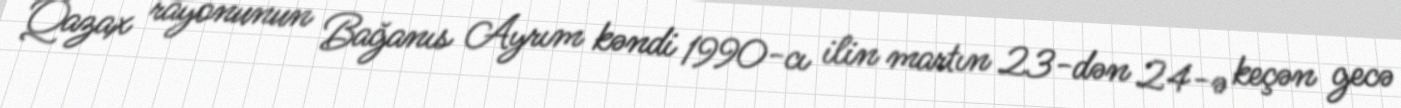
Qazax rayonunun Bağanıs Ayrım kəndi 1990-cı ilin martın 23-dən 24-ə keçən gecə